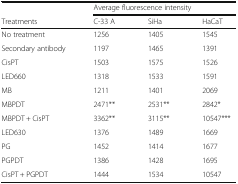
|  | <COLSPAN=3> Average fluorescence intensity |
 | Treatments | C-33 A | SiHa | HaCaT |
 | --- | --- | --- | --- |
 | No treatment | 1256 | 1405 | 1545 |
 | Secondary antibody | 1197 | 1465 | 1391 |
 | CisPT | 1503 | 1575 | 1526 |
 | LED660 | 1318 | 1533 | 1591 |
 | MB | 1211 | 1401 | 2069 |
 | MBPDT | 2471** | 2531** | 2842* |
 | MBPDT + CisPT | 3362** | 3115** | 10547*** |
 | LED630 | 1376 | 1489 | 1669 |
 | PG | 1452 | 1414 | 1677 |
 | PGPDT | 1386 | 1428 | 1695 |
 | CisPT + PGPDT | 1444 | 1534 | 10547 |